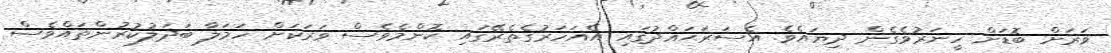
ވަރަށް ބޮޑަށް ހީނަރުވެގެން ދިޔައެވެ. އެސަރަޙައްދުގައި އެއަހަރުގެތެރޭގައި ކޮންމެވެސް ވަރަކަށް ހަމަލާ ބަދަލުކުރުންތައްވެސް